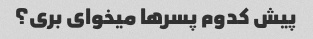
پیش کدوم پسرها میخوای بری؟